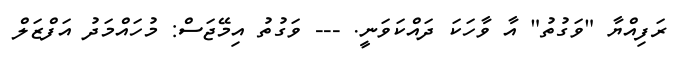
ރަފިއްޔާ "ވަގުތު" އާ ވާހަކަ ދައްކަވަނީ. --- ވަގުތު އިމޭޖަސް: މުހައްމަދު އަފްޒަލް